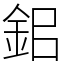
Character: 鈻